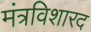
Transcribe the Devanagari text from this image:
मंत्रविशारद